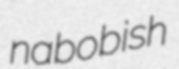
nabobish